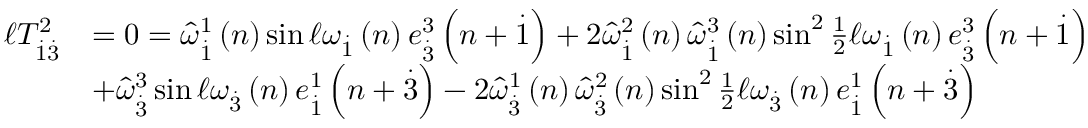
\begin{array} { r l } { \mathcal { \ell } T _ { \overset { . } { 1 } \overset { . } { 3 } } ^ { 2 } } & { = 0 = \widehat { \omega } _ { \overset { . } { 1 } } ^ { 1 } \left( n \right) \sin \mathcal { \ell } \omega _ { \overset { . } { 1 } } \left( n \right) e _ { \overset { . } { 3 } } ^ { 3 } \left( n + \overset { . } { 1 } \right) + 2 \widehat { \omega } _ { \overset { . } { 1 } } ^ { 2 } \left( n \right) \widehat { \omega } _ { \overset { . } { 1 } } ^ { 3 } \left( n \right) \sin ^ { 2 } \frac { 1 } { 2 } \mathcal { \ell } \omega _ { \overset { . } { 1 } } \left( n \right) e _ { \overset { . } { 3 } } ^ { 3 } \left( n + \overset { . } { 1 } \right) } \\ & { + \widehat { \omega } _ { \overset { . } { 3 } } ^ { 3 } \sin \mathcal { \ell } \omega _ { \overset { . } { 3 } } \left( n \right) e _ { \overset { . } { 1 } } ^ { 1 } \left( n + \overset { . } { 3 } \right) - 2 \widehat { \omega } _ { \overset { . } { 3 } } ^ { 1 } \left( n \right) \widehat { \omega } _ { \overset { . } { 3 } } ^ { 2 } \left( n \right) \sin ^ { 2 } \frac { 1 } { 2 } \mathcal { \ell } \omega _ { \overset { . } { 3 } } \left( n \right) e _ { \overset { . } { 1 } } ^ { 1 } \left( n + \overset { . } { 3 } \right) } \end{array}